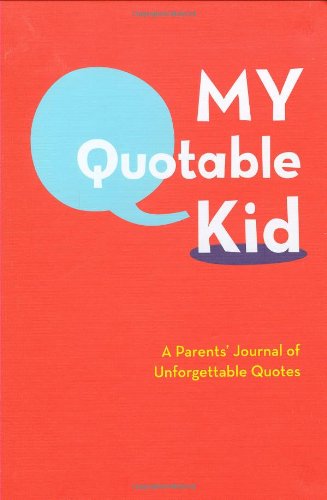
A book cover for My Quotable Kid: A Parents' Journal of Unforgettable Quotes; Chronicle Books; Parenting & Relationships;